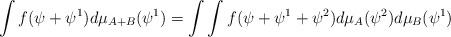
LaTeX: \begin{align*}\int f(\psi+\psi^1)d\mu_{A+B}(\psi^1)=\int\int f(\psi+\psi^1+\psi^2)d\mu_{A}(\psi^2)d\mu_{B}(\psi^1)\end{align*}